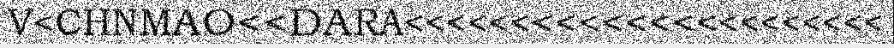
V<CHNMAO<<DARA<<<<<<<<<<<<<<<<<<<<<<